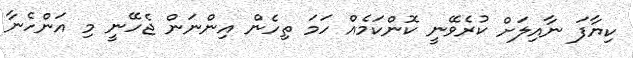
ކިޔާފަ ނާއިލަށް ކުރެވޭނީ ކޮންކަމެއް ހަމަ ތިހެން އިންނަން ޖެހޭނީ މި އަންހެނާ